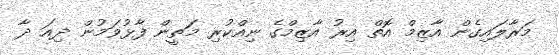
މަރާލައިގެން އާޒިމް އޮތް އިރު އާޒިމްގެ ނިއްކުރި މަތީން ފާޅުވަމުން ދިއަ ދާ